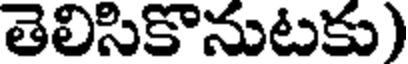
తెలిసికొనుటకు)